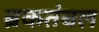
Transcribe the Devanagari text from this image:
ब्रकतंबल